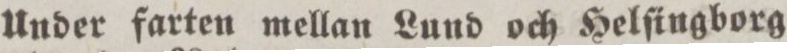
Under farten mellan Lund och Helſingborg